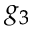
g _ { 3 }